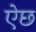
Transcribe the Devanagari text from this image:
ऐछ